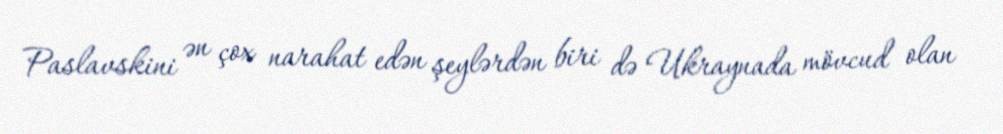
Paslavskini ən çox narahat edən şeylərdən biri də Ukraynada mövcud olan